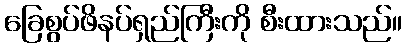
ခြေစွပ်ဖိနပ်ရှည်ကြီးကို စီးထားသည်။